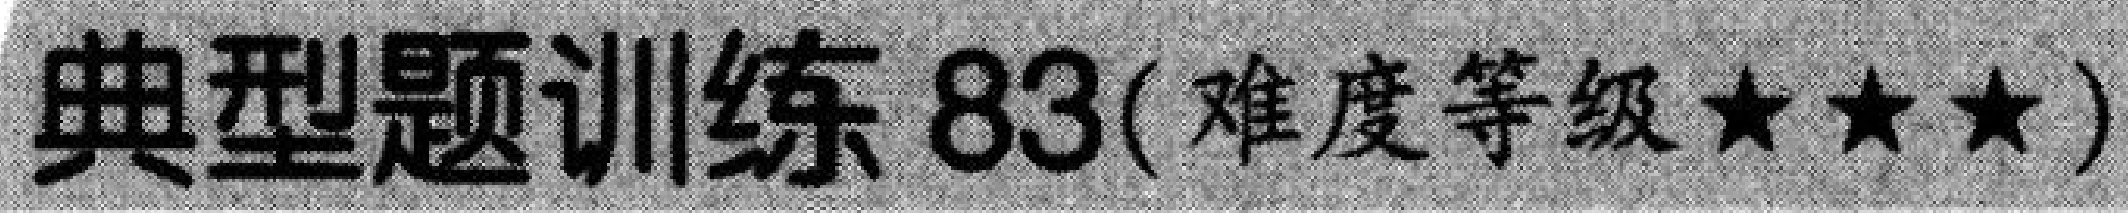
典型题训练 83(难度等级★★★)